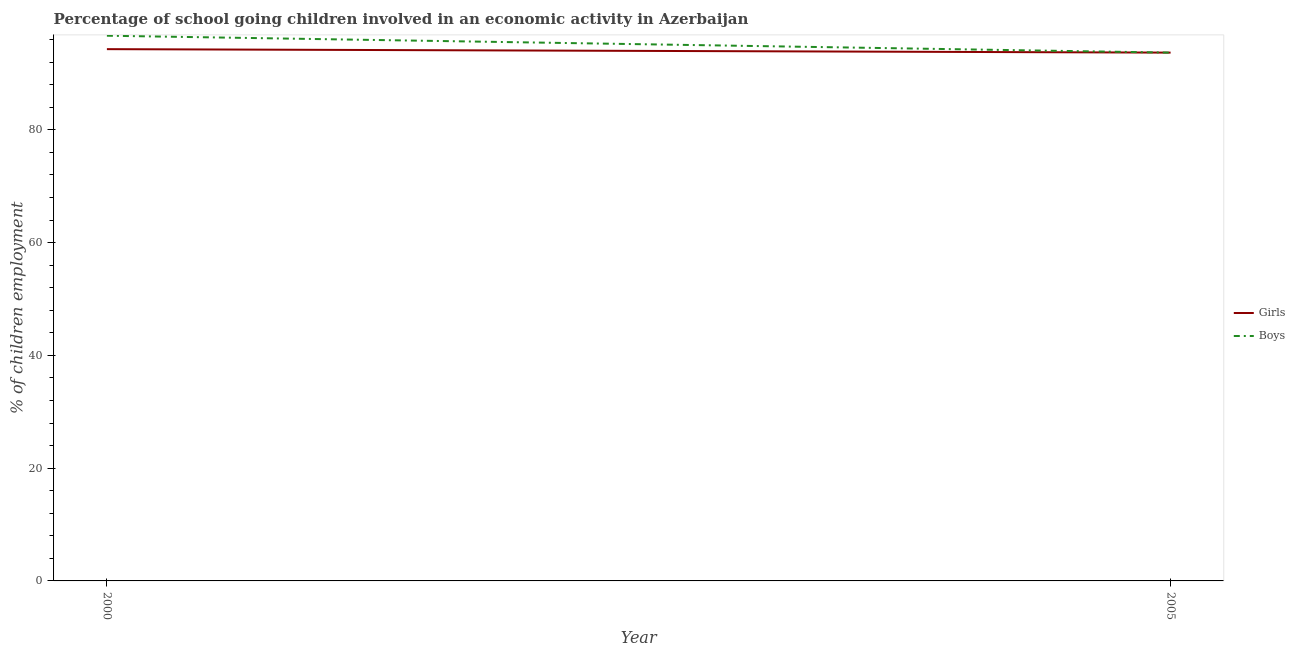
| Year | Girls | Boys |
 | --- | --- | --- |
 | 2000 | 94.3 | 96.7 |
 | 2005 | 93.7 | 93.7 |